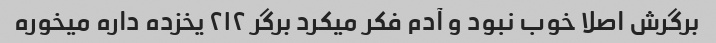
برگرش اصلا خوب نبود و آدم فکر میکرد برگر ۲۱۲ یخزده داره میخوره